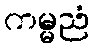
ကမ္မညံ